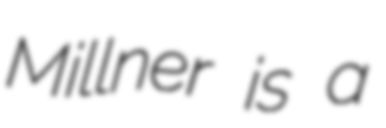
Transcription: Millner is a